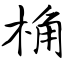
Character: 桷